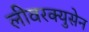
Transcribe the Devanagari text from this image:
लीवरक्युसेन